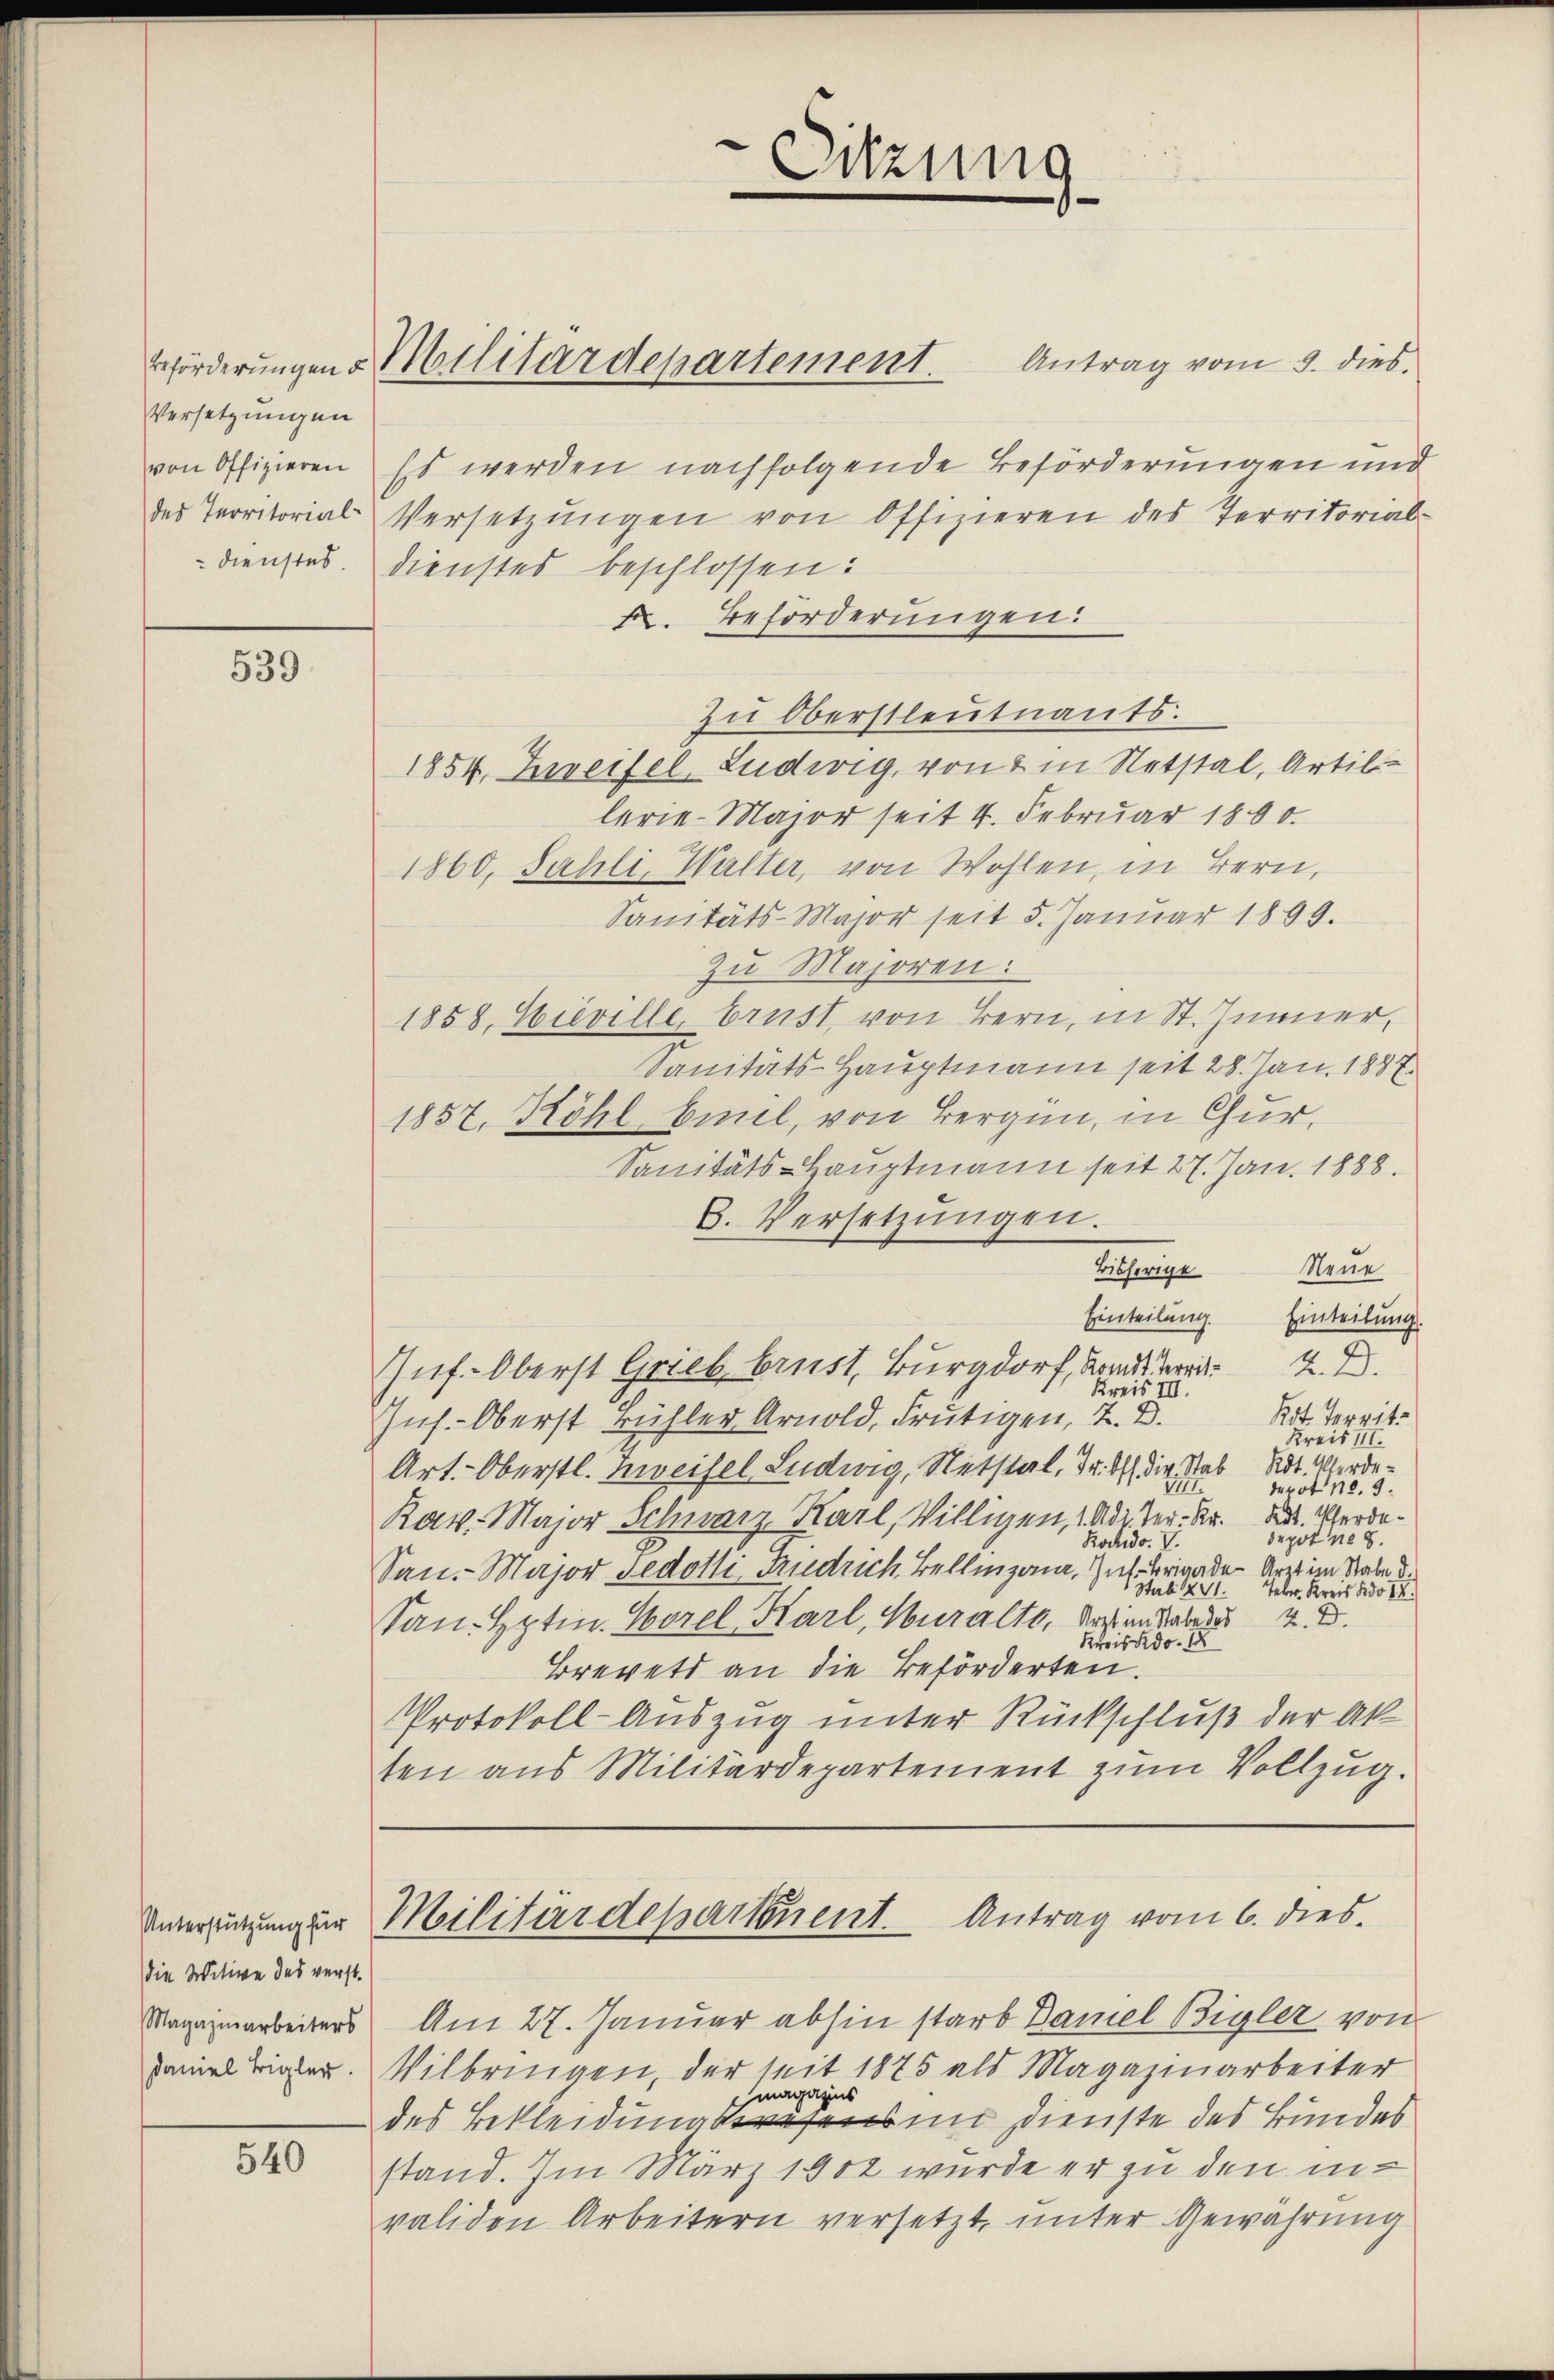
Versetzungen

539

Die Witwe des verst.
Magazinarbeiters
Faniel Bigler.

540

Beförderŭngen Militärdepartement. Antrag vom 3. dies

von Offizieren Es werden nachfolgende Beförderungen und
des Territorial Versetzŭngen von Offizieren des Territorial-
Dienstes. Dienstes beschlossen:
X. Beförderungen:
zu Oberstleutnants.
1854. Zweifel Ludwig, von 2 in Notstal, Artillerie-Major seit 4. Februar 1800.
1860, Sahli, Walter, von Wohlen, in Bern,
Sanitäts-Major seit 5. Januar 1899.
zu Majoren:
1858, Wieville, Brust, von Bern, in St. Inner,
Sanitäts-Hauptmann seit 28. Jan. 1887
1857, Köhl beil, von Bergün, in Chur,
Sanitäts-Hauptmann seit 27. Jan. 1888.
6. Versetzŭngen.
Bisherige Neue
Einteilung.
Einteilung.
2
R. 2.
Inf. Oberst Grieb brust, Burgdorf, Hander
Kreis III.
Rot. Territ¬
Ins. Oberst Bühler Arnold, Frutigen, 7. D
Kreis III.
Adt. Werde.
Art. Oberstl. meifel Ludwig, Netstal, d. 4.) Die Stab
I
derit p. 3.
Rav. Major Schwarz Karl, Villigen, 14 dr. Ver- Kr. d. Pferdedepot ne s
Rochdo. V.
San. Major Fedotli, Friedrich Bellinzona, Gut. Brigaden Arzt im Rabe d
Stab 1871.
Teber. Kreis No 12.
M. D.
San.- Hptin. Borel Karl, Muralto, Kasten habe des
Kreis do. 18
Brevets an die Beförderten.
Protokoll-Auszug unter Rückschluß der Ak
ten aus Militärdepartement zum Vollzug.

Sitzung

Unterzugung zur Militärdepartement. Antrag vom 6. dies

Am 27. Januar abhin starb Damel Bigler von
Vilbringen, der seit 1875 als Magazinarbeiter
magazins
des Bekleidungswesens in Dienste des Bundes
stand. Im März 1902 wurde er zu den invaliden Arbeitern versetzt, unter Gewährung